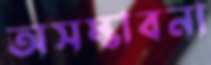
অসম্ভাবনা